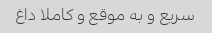
سریع و به موقع و کاملا داغ